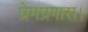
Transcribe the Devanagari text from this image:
प्रेमप्रगास।